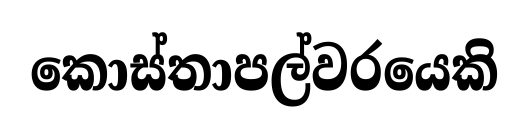
කොස්තාපල්වරයෙකි